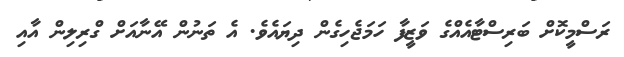
ރަސްމީކޮށް ބަރިސްޓާއެއްގެ ވަޒީފާ ހަމަޖެހިގެން ދިޔައެވެ. އެ ތަނުން އޭނާއަށް ގްރިލިން އާއި